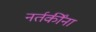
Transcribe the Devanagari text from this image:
नर्तकींना